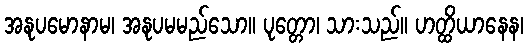
အနုပမောနာမ၊ အနုပမမည်သော။ ပုတ္တော၊ သားသည်။ ဟတ္ထိယာနေန၊